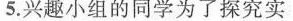
5.兴趣小组的同学为了探究实